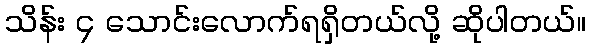
သိန်း ၄ သောင်းလောက်ရရှိတယ်လို့ ဆိုပါတယ်။